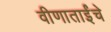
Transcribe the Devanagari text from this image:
वीणाताईंचे